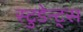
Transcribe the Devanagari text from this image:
स्टुडेन्ट्स